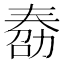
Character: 𠢌